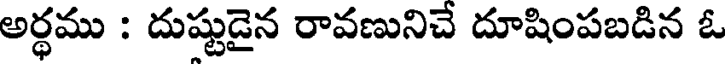
అర్థము : దుష్టుడైన రావణునిచే దూషింపబడిన ఓ